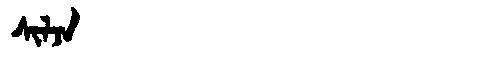
Manchu: ᠰᡳᠯᠵᠠ
Romanization: SILJA